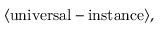
\langle \mathrm { u n i v e r s a l - i n s t a n c e } \rangle ,